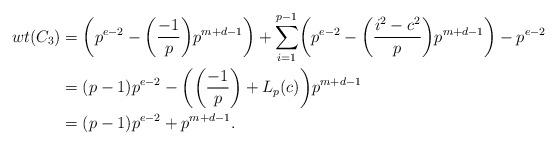
LaTeX: \begin{align*}wt(C_{3})&=\biggl(p^{e-2}-\biggl(\frac{-1}{p}\biggr)p^{m+d-1}\biggr)+\sum_{i=1}^{p-1}\biggl(p^{e-2}-\biggl(\frac{i^{2}-c^{2}}{p}\biggr)p^{m+d-1}\biggr)-p^{e-2}\\&=(p-1)p^{e-2}-\biggl(\biggl(\frac{-1}{p}\biggr)+L_{p}(c)\biggr)p^{m+d-1}\\&=(p-1)p^{e-2}+p^{m+d-1}.\end{align*}